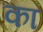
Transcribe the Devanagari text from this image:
का